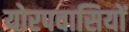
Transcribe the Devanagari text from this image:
योरपवासियों